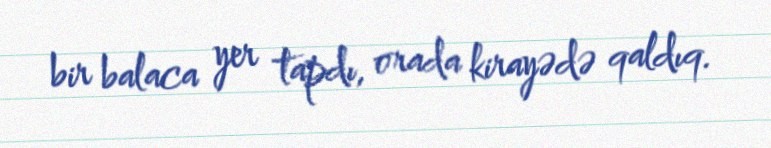
bir balaca yer tapdı, orada kirayədə qaldıq.